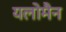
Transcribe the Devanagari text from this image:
यलोमैन